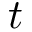
t